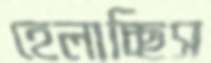
হেলাচ্ছিস